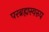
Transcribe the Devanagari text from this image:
परब्रह्मस्वरुप